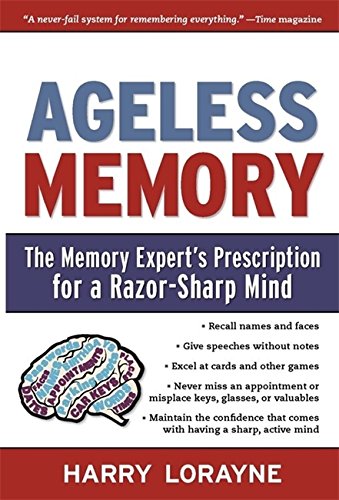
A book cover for Ageless Memory: The Memory Expert's Prescription for a Razor-Sharp Mind; Harry Lorayne; Self-Help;